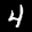
Label: 4